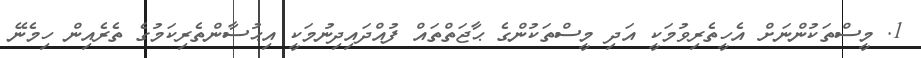
1. މީސްތަކުންނަށް އެހީތެރިވުމަކީ އަދި މީސްތަކުންގެ ޙާޖަތްތައް ފުއްދައިދިނުމަކީ އިޙުސާންތެރިކަމުގެ ތެރެއިން ހިމެނޭ